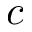
\boldsymbol { c }